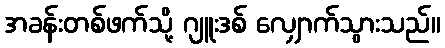
အခန်းတစ်ဖက်သို့ ဂျူးဒစ် လျှောက်သွားသည်။